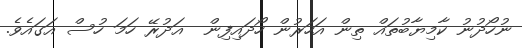
ނުހޯދުނު ކާމިޔާބުތައް ތިން އަހަރުން ހޯދައިފިން  އަދުރޭ ހަމަ ހުސް އަގައެވެ.